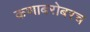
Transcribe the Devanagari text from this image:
कणाबरोबरच